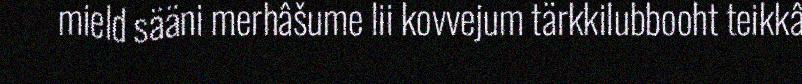
mield sääni merhâšume lii kovvejum tärkkilubbooht teikkâ